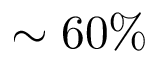
\sim 6 0 \%